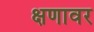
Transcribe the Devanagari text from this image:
क्षणावर